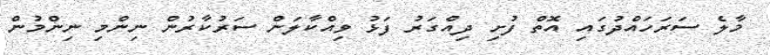
މާލެ ސަރަހައްދުގައި އޮތް ފުށި ދިއްގަރު ފަޅު ވިއްކާލަން ސަރުކާރުން ނިންމި ނިންމުން